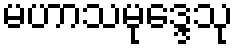
မဟာသမုဒ္ဒေသု